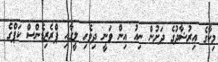
މިކާގެ އިރުޝާދުގެ ދަށުން ނިއު އިން ވަނީ ދިވެހި ލީގާއި ޕްރެޒިޑެންްސް ކަޕްގެ